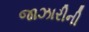
જાઝારીની